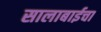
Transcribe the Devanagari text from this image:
सालाबाईचा